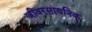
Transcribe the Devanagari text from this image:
जीवरसायनिक